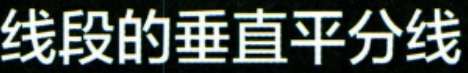
线段的垂直平分线